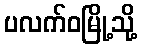
ပလက်ဝမြို့သို့